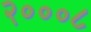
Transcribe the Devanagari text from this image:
२०००८